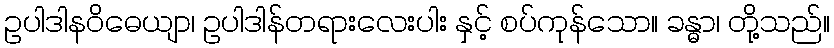
ဥပါဒါနဝိဓေယျာ၊ ဥပါဒါန်တရားလေးပါး နှင့် စပ်ကုန်သော။ ခန္ဓာ၊ တို့သည်။